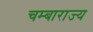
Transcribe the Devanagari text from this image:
चम्बाराज्य